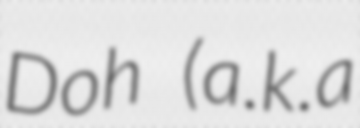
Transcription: Doh (a.k.a